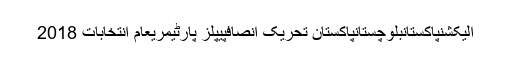
الیکشنپاکستانبلوچستانپاکستان تحریک انصافپیپلز پارٹیمریعام انتخابات 2018